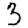
Digit: 3